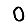
Digit: 0